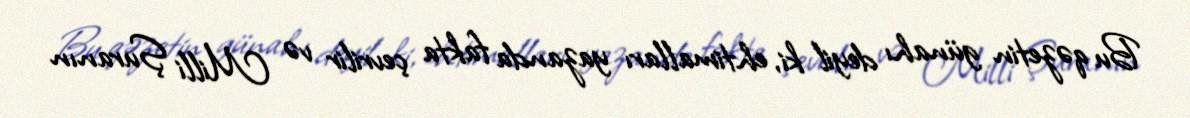
Bu qəzetin günahı deyil ki, ehtimalları yazanda fakta çevrilir və Milli Şuranın